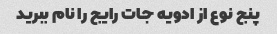
پنج نوع از ادویه جات رایج را نام ببرید